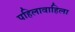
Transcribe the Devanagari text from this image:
पहिलावाहिला